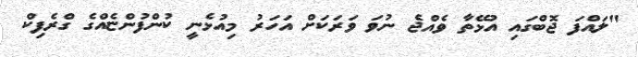
"ލައްފަ ޖޮބްގައި އުޅޭތާ ވެއްޖެ ނުވަ ވަރަކަށް އަހަރު މިއުޅެނީ ކުންފުންޏެއްގެ ގްރެފިކް